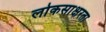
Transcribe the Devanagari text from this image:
लोकसाक्षरता